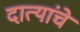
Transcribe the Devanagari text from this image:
दात्यांचे